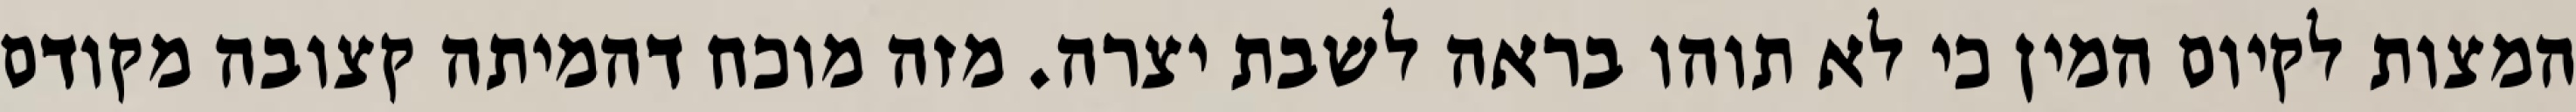
המצות לקיום המין כי לא תוהו בראה לשבת יצרה. מזה מוכח דהמיתה קצובה מקודם